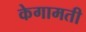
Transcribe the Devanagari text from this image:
केगामती